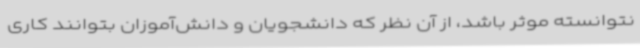
نتوانسته موثر باشد، از آن نظر که دانشجویان و دانش‌آموزان بتوانند کاری